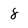
Character: 8